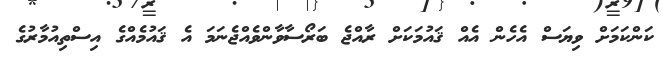
ކަންކަމަށް ވިޔަސް އެހެން އެއް ޤައުމަަކަށް ރާއްޖެ ބަރޯސާވާންވެއްޖެނަމަ އެ ޤައުމެއްގެ އިސްތިއުމާރުގެ